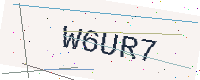
Text: W6UR7